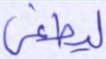
ليطغى